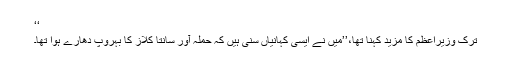
‘‘
ترک وزیراعظم کا مزید کہنا تھا،’’میں نے ایسی کہانیاں سنی ہیں کہ حملہ آور سانتا کلاز کا بہروپ دھارے ہوا تھا۔